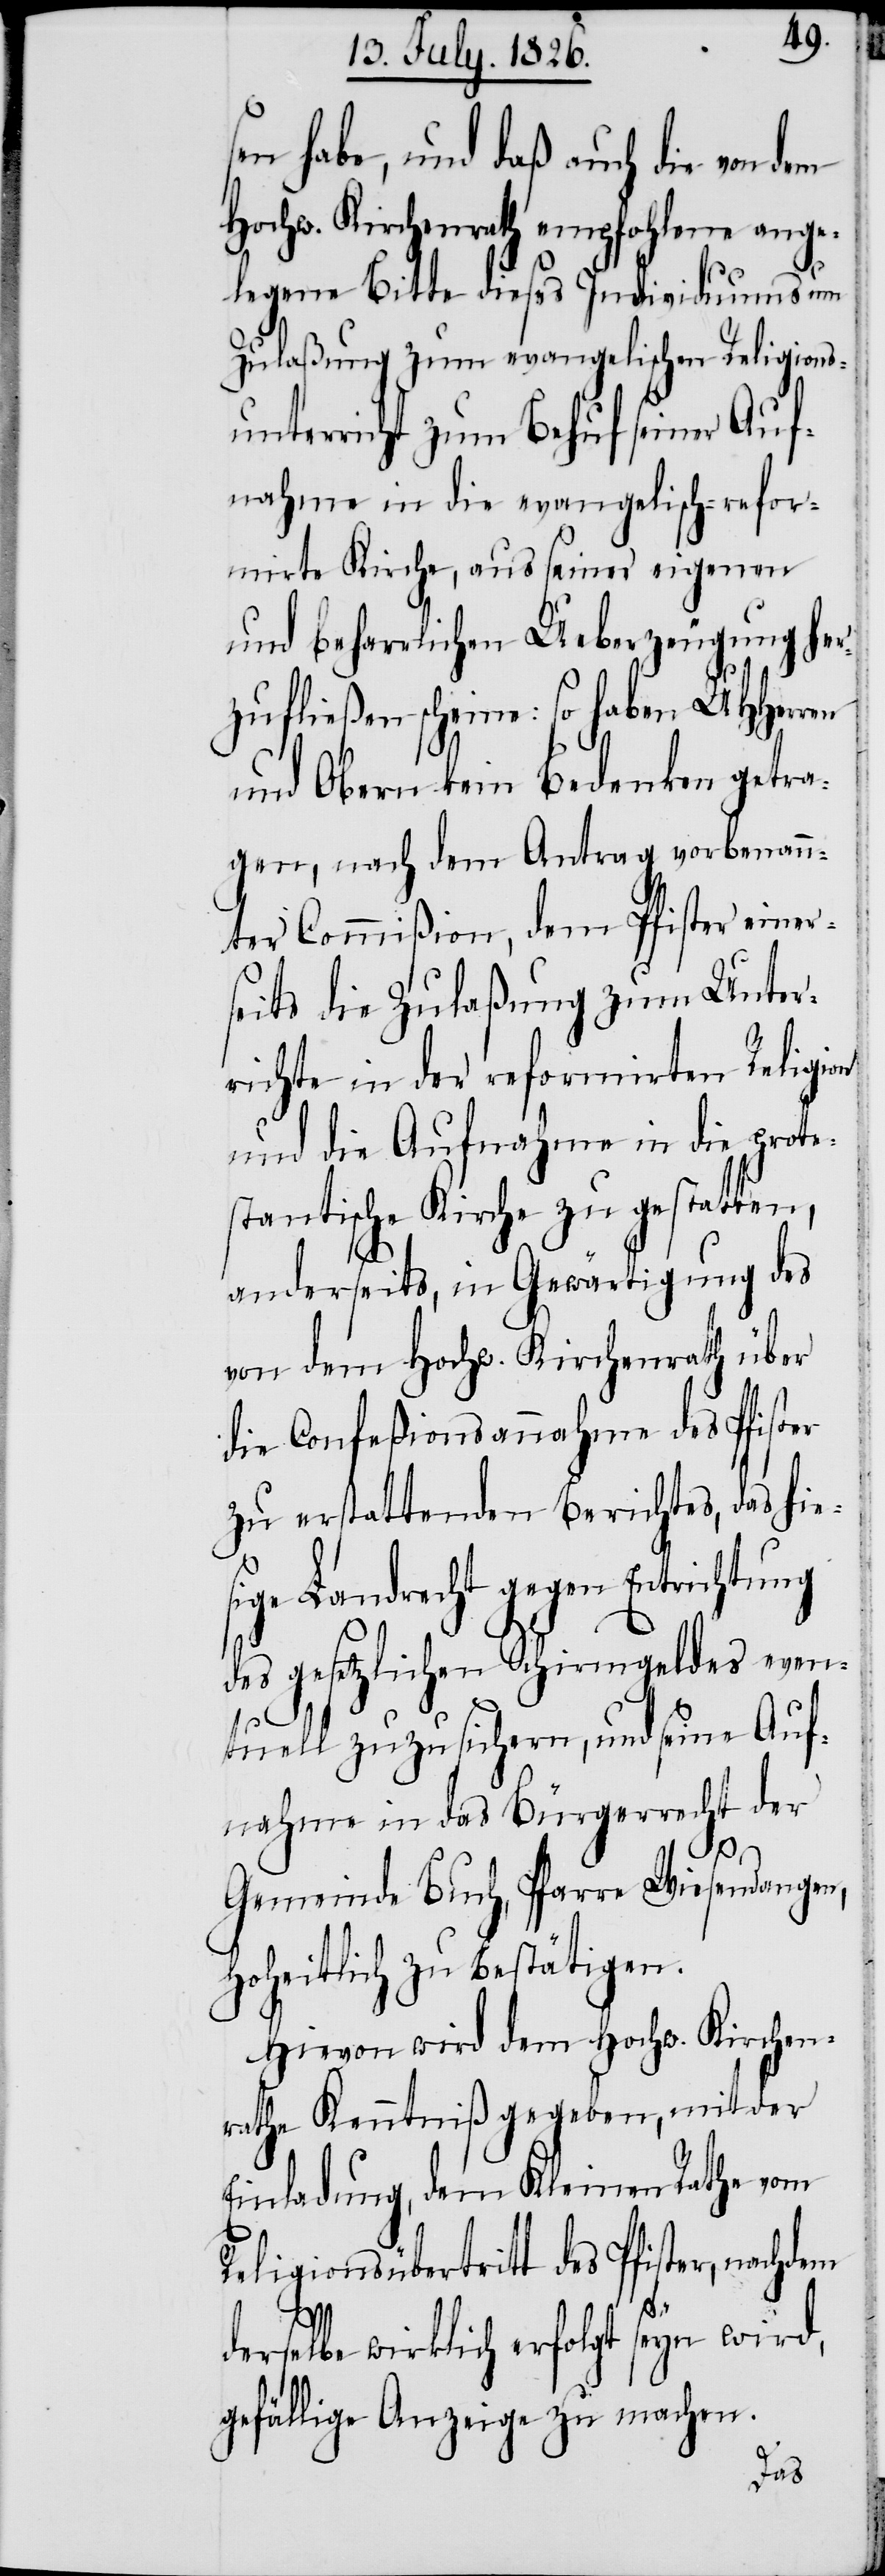
sen habe, und daß auch die von dem
Hochw. Kirchenrath empfohlene ange¬
legene Bitte dieses Individuums um
Zulaßung zum evangelischen Religions¬
unterricht zum Behuf seiner Auf¬
nahme in die evangelisch-refor¬
mirte Kirche, aus seiner eigenen
und beharrlichen Ueberzeugung her¬
zufließen scheine: so haben MHHerren
und Obern kein Bedenken getra¬
gen, nach dem Antrag vorbenann¬
ter Commißion, dem Pfister einer¬
seits die Zulaßung zum Unter¬
richte in der reformirten Religion
und die Aufnahme in die prote¬
stantische Kirche zu gestatten,
anderseits, in Gewärtigung des
von dem Hochw. Kirchenrath über
die Confeßionsannahme des Pfister
zu erstattenden Berichtes, das hie¬
sige Landrecht gegen Entrichtung
des gesetzlichen Schirmgeldes even¬
tuell zuzusichern, und seine Auf¬
nahme in das Bürgerrecht der
Gemeinde Buch, Pfarre Wiesendangen,
hoheitlich zu bestätigen.
Hievon wird dem Hochw. Kirchen¬
rath Kenntniß gegeben, mit der
Einladung, dem Kleinen Rathe vom
Religionsübertritt des Pfister, nachdem
derselbe wirklich erfolgt seyn wird,
gefällige Anzeige zu machen.